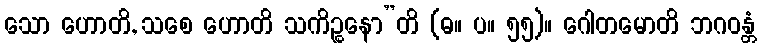
သော ဟောတိ, သစေ ဟောတိ သကိဉ္စနော”တိ (ဓ။ ပ။ ၅၅)။ ဂေါတမောတိ ဘဂဝန္တံ